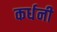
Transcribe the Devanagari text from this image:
कर्धनी